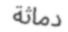
دماثة